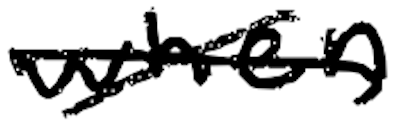
Text: when
Cross-out: cross
Writing tool: digital_black